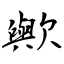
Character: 歟